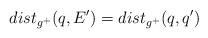
LaTeX: \begin{align*} dist_{g^+}(q,E')=dist_{g^+}(q,q')\end{align*}